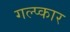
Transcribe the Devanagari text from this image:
गल्प्कार